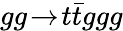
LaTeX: gg\! \rightarrow\! t\bar{t}ggg